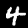
Digit: 4